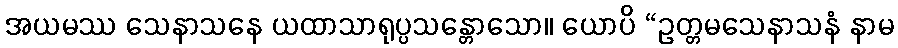
အယမဿ သေနာသနေ ယထာသာရုပ္ပသန္တောသော။ ယောပိ “ဥတ္တမသေနာသနံ နာမ